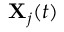
\mathbf { X } _ { j } ( t )